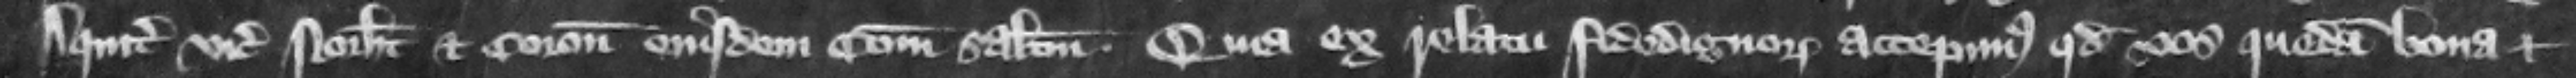
Aquitanie. vicecomiti Northamton et coronatoribus eiusdem comitatus salutem. Quia ex relatu fidedignorum accepimus quod vos quedam bona et